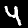
Digit: 4